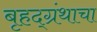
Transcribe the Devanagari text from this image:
बृहद्ग्रंथाचा